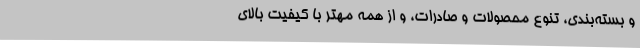
و بسته‌بندی، تنوع محصولات و صادرات، و از همه مهتر با کیفیت بالای